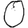
Digit: 0